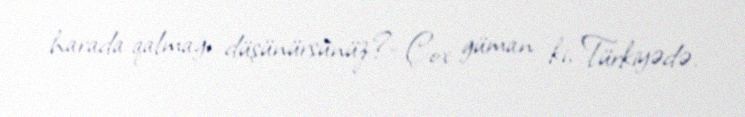
harada qalmağı düşünürsünüz?- Çox güman ki, Türkiyədə.